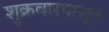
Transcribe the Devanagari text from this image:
शुक्रवारपासून